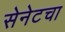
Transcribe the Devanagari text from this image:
सेनेटचा